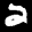
Label: 2